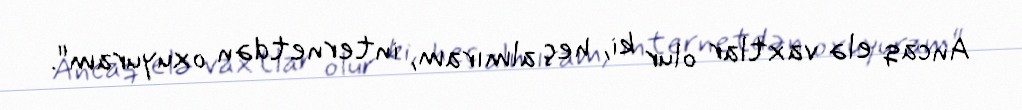
Ancaq elə vaxtlar olur ki, heç almıram, internetdən oxuyuram".